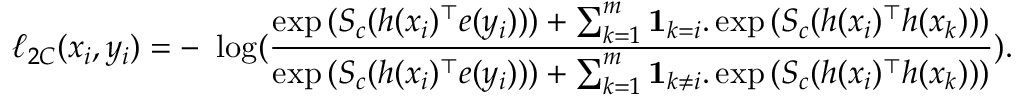
\ell _ { 2 C } ( x _ { i } , y _ { i } ) = - ~ \log ( \frac { \exp { ( S _ { c } ( h ( x _ { i } ) ^ { \top } e ( y _ { i } ) ) ) } + \sum _ { k = 1 } ^ { m } \mathbf { 1 } _ { k = i } . \exp { ( S _ { c } ( h ( x _ { i } ) ^ { \top } h ( x _ { k } ) ) ) } } { \exp { ( S _ { c } ( h ( x _ { i } ) ^ { \top } e ( y _ { i } ) ) ) } + \sum _ { k = 1 } ^ { m } \mathbf { 1 } _ { k \neq i } . \exp { ( S _ { c } ( h ( x _ { i } ) ^ { \top } h ( x _ { k } ) ) ) } } ) .